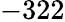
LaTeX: -322